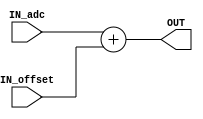
module DC_OFFSET(IN_adc, IN_offset, OUT);

	 parameter BW = 6;

	 input  signed [BW-1:0] IN_adc;
	 input signed [BW-4:0] IN_offset;
	 output  signed [BW-1:0] OUT;
	 
	 assign OUT = IN_adc + IN_offset;
	 
endmodule